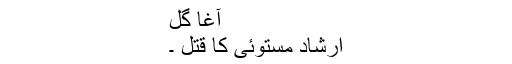
آغا گل
ارشاد مستوئی کا قتل ۔